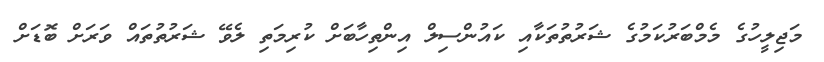
މަޖިލީހުގެ މެމްބަރުކަމުގެ ޝަރުތުތަކާއި ކައުންސިލް އިންތިހާބަށް ކުރިމަތި ލެވޭ ޝަރުތުތައް ވަރަށް ބޮޑަށް